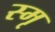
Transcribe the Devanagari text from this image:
स्मृ